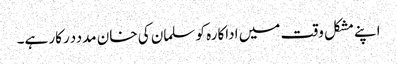
اپنے مشکل وقت میں اداکارہ کو سلمان کی خان مدددرکار ہے۔